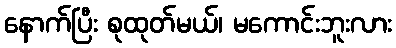
နောက်ပြီး စုထုတ်မယ်၊ မကောင်းဘူးလား